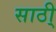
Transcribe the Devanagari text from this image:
साठी्